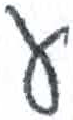
אות: ע